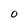
Character: O